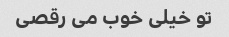
تو خیلی خوب می رقصی